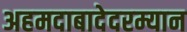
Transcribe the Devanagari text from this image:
अहमदाबादेदरम्यान